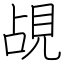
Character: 覘